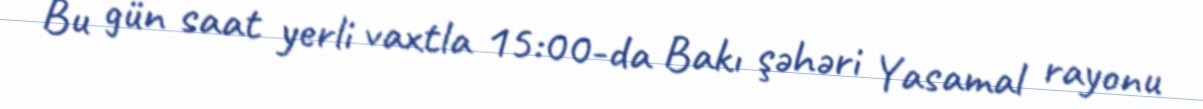
Bu gün saat yerli vaxtla 15:00-da Bakı şəhəri Yasamal rayonu